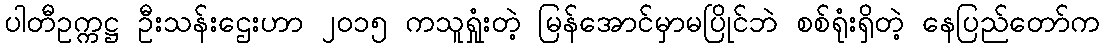
ပါတီဥက္ကဋ္ဌ ဦးသန်းဌေးဟာ ၂၀၁၅ ကသူရှုံးတဲ့ မြန်အောင်မှာမပြိုင်ဘဲ စစ်ရုံးရှိတဲ့ နေပြည်တော်က